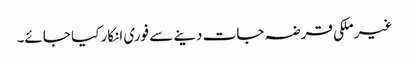
غیر ملکی قرضہ جات دینے سے فوری انکار کیا جائے۔